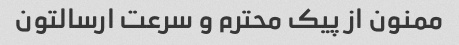
ممنون از پیک محترم و سرعت ارسالتون